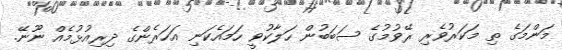
މަންމަގެ ތި މަކަރުވެރި ރޭވުމުގެ ސަބަބުން ހަލާކުވީ ހަމައެކަނި އަހަރެންގެ ދިރިއުޅުމެއް ނޫނޭ.